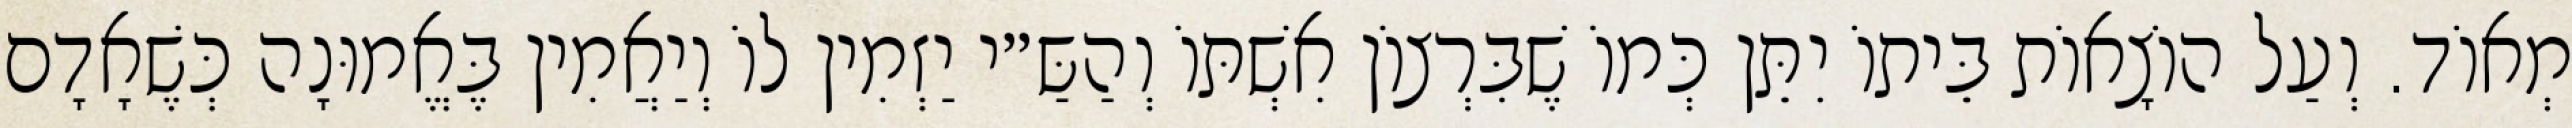
מְאוֹד. וְעַל הוֹצָאוֹת בֵּיתוֹ יִתֵּן כְּמוֹ שֶׁבִּרְצוֹן אִשְׁתּוֹ וְהַשַּ״י יַזְמִין לוֹ וְיַאֲמִין בֶּאֱמוּנָה כְּשֶׁאָדָם